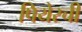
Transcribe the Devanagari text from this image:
पियेरची